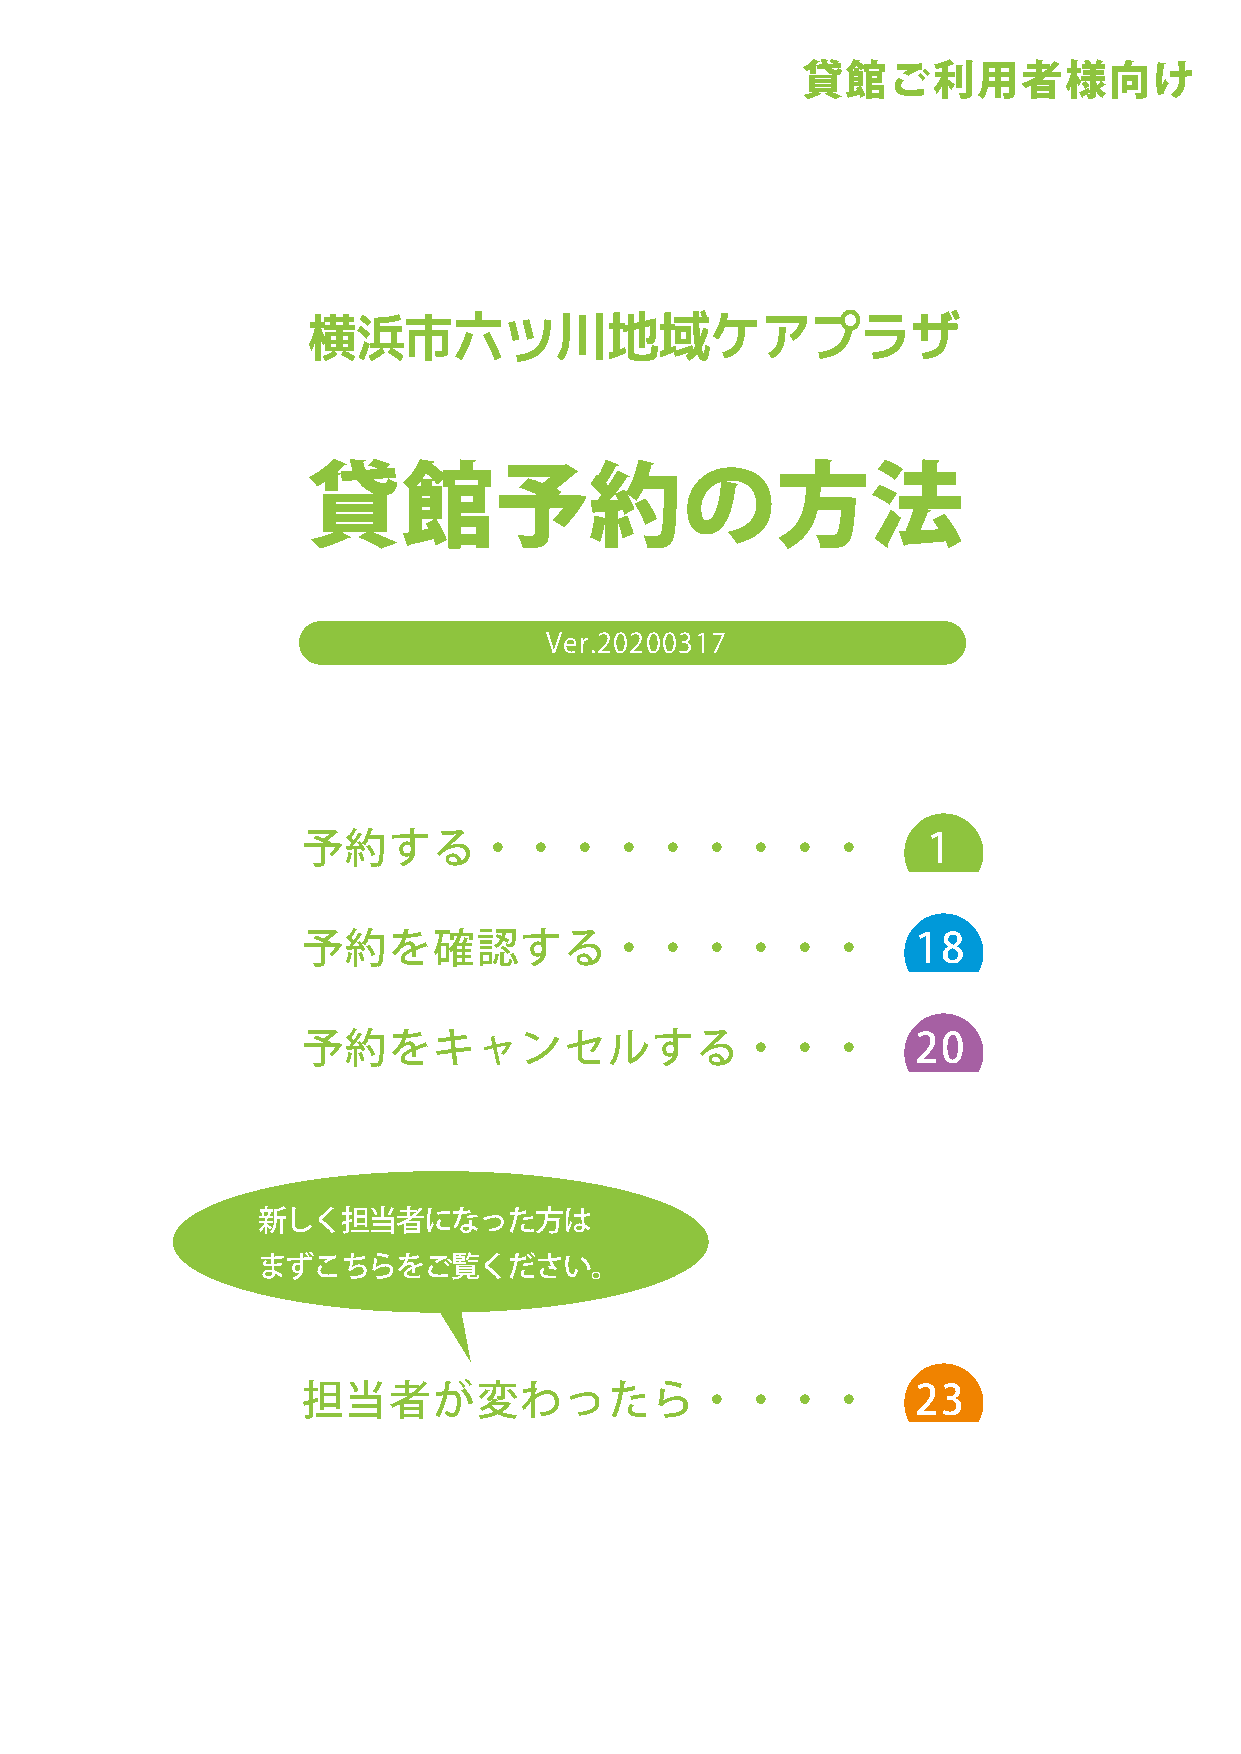
貸館ご利用者様向け
 横浜市六ツ川地域ケアプラザ
 貸館予約の方法
 Ver.20200317
 予約する・・・・・・・・・                            1
 予約を確認する・・・・・・                           18
 予約をキャンセルする・・・                           20
 新しく担当者になった方は
 まずこちらをご覧ください。
 担当者が変わったら・・・・                           23